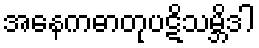
အနေကဓာတုပဋိသမ္ဘိဒါ